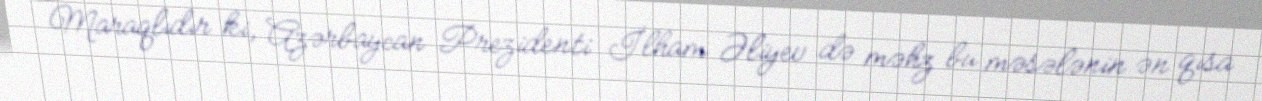
Maraqlıdır ki, Azərbaycan Prezidenti İlham Əliyev də məhz bu məsələnin ən qısa